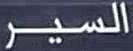
السير